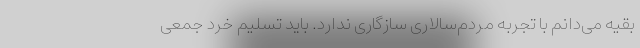
بقیه می‌دانم با تجربه مردم‌سالاری سازگاری ندارد. باید تسلیم خرد جمعی